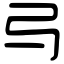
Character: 㢧